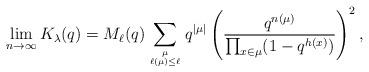
LaTeX: \begin{gather*} \lim_{ n \rightarrow \infty} K_{\lambda}(q) = M_{\ell}(q) \sum_{\mu \atop \ell(\mu) \le \ell} q^{|\mu|} \left(\frac{q^{n(\mu)}}{\prod_{x \in \mu} (1-q^{h(x)})} \right)^2,\end{gather*}